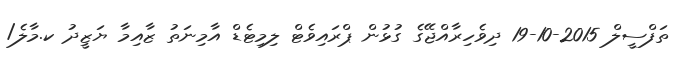
ތަފްސީލް 2015-10-19 ދިވެހިރާއްޖޭގެ ގުޅުން ޕްރައިވެޓް ލިމިޓެޑް އާމިނަތު ޒާއިމާ ޔަޒީދު ކ.މާލެ/